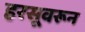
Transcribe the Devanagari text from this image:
हरसूवरून